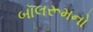
બૉલરૂમનો